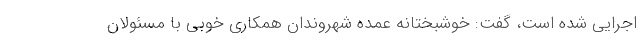
اجرایی شده است، گفت: خوشبختانه عمده شهروندان همکاری خوبی با مسئولان